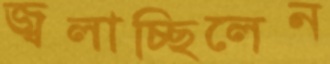
জ্বলাচ্ছিলেন